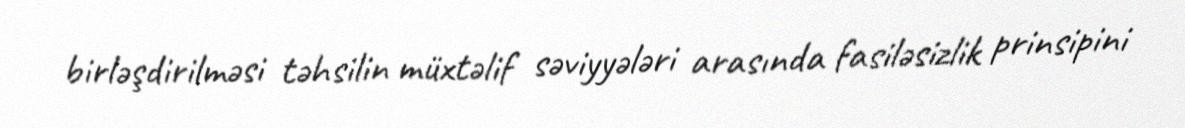
birləşdirilməsi təhsilin müxtəlif səviyyələri arasında fasiləsizlik prinsipini